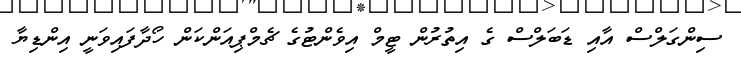
ސިންގަލްސް އާއި ޑަބަލްސް ގެ އިތުރުން ޓީމް އިވެންޓުގެ ޗެމްޕިއަންކަން ހޯދާފައިވަނީ އިންޑިޔާ